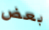
بعض